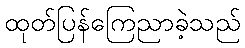
ထုတ်ပြန်ကြေညာခဲ့သည်